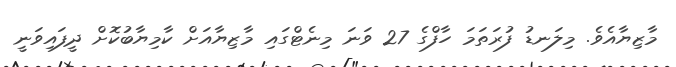
މާޒިޔާއެވެ. މިލަނޑު ފުރަތަމަ ހާފްގެ 27 ވަނަ މިނެޓްގައި މާޒިޔާއަށް ކާމިޔާބުކޮށް ދީފައިވަނީ